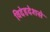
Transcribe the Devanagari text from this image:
विदेहदेशसे